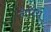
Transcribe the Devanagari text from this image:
लैरियू